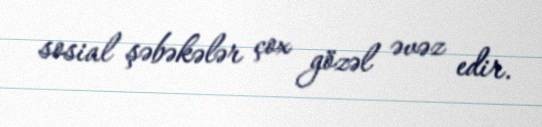
sosial şəbəkələr çox gözəl əvəz edir.